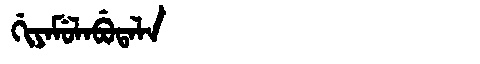
Manchu: ᡤᡳᠶᠠᠮᡠᠯᠠᠪᡠᡨᠠᠯᠠ
Romanization: GIYAMULABUTALA